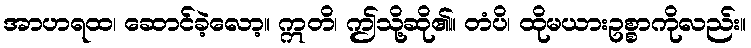
အာဟရထ၊ ဆောင်ခဲ့လော့။ ဣတိ၊ ဤသို့ဆို၏။ တံပိ၊ ထိုမယားဥစ္စာကိုလည်း။